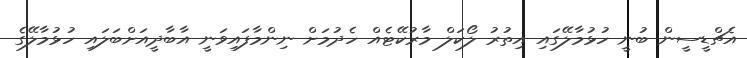
އެޗްޑީސީން ބުނީ ހުޅުމާލޭގައި އިތުރު ލޯކަލް މާރުކޭޓެއް ހެދުމަށް ނިންމާފައިވަނީ އާބާދީއަށްބަލައި ހުޅުމާލޭގެ